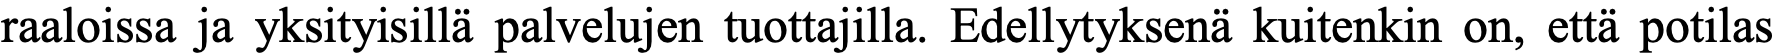
raaloissa ja yksityisillä palvelujen tuottajilla. Edellytyksenä kuitenkin on, että potilas